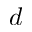
d